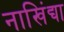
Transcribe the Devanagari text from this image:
नाखिंद्या